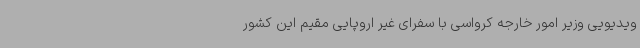
ویدیویی وزیر امور خارجه کرواسی با سفرای غیر اروپایی مقیم این کشور